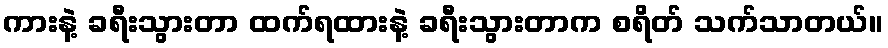
ကားနဲ့ ခရီးသွားတာ ထက်ရထားနဲ့ ခရီးသွားတာက စရိတ် သက်သာတယ်။